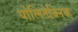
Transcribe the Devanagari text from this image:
पोलितेक्निक